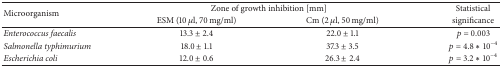
<table><thead><tr><td rowspan="2"><b>Microorganism</b></td><td colspan="2"><b>Zone of growth inhibition [mm]</b></td><td><b>Statistical</b></td></tr><tr><td><b>ESM (10 <i>μ</i>l, 70 mg/ml)</b></td><td><b>Cm (2 <i>μ</i>l, 50 mg/ml)</b></td><td><b>significance</b></td></tr></thead><tbody><tr><td><i>Enterococcus faecalis</i></td><td>13.3 ± 2.4</td><td>22.0 ± 1.1</td><td><i>p</i> = 0.003</td></tr><tr><td><i>Salmonella typhimurium</i></td><td>18.0 ± 1.1</td><td>37.3 ± 3.5</td><td><i>p</i> = 4.8 <i>∗</i> 10<sup>−4</sup></td></tr><tr><td><i>Escherichia coli</i></td><td>12.0 ± 0.6</td><td>26.3 ± 2.4</td><td><i>p</i> = 3.2 <i>∗</i> 10<sup>−4</sup></td></tr></tbody></table>